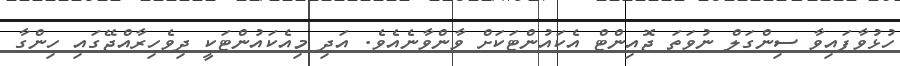
ހުޅުވާފައިވާ ސިންގަލް ނުވަތަ ޖޮއިންޓް އެކައުންޓަކަށް ވާންވާނެއެވެ. އަދި މިއެކައުންޓަކީ ދިވެހިރާއްޖޭގައި ހިންގާ